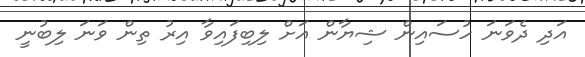
އަދި ދެވަނަ ހުސައިން ޝިޔާން އަށް ލިބިފައިވާ އިރު ތިން ވަނަ ލިބުނީ